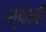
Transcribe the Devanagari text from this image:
स्‍पेनी